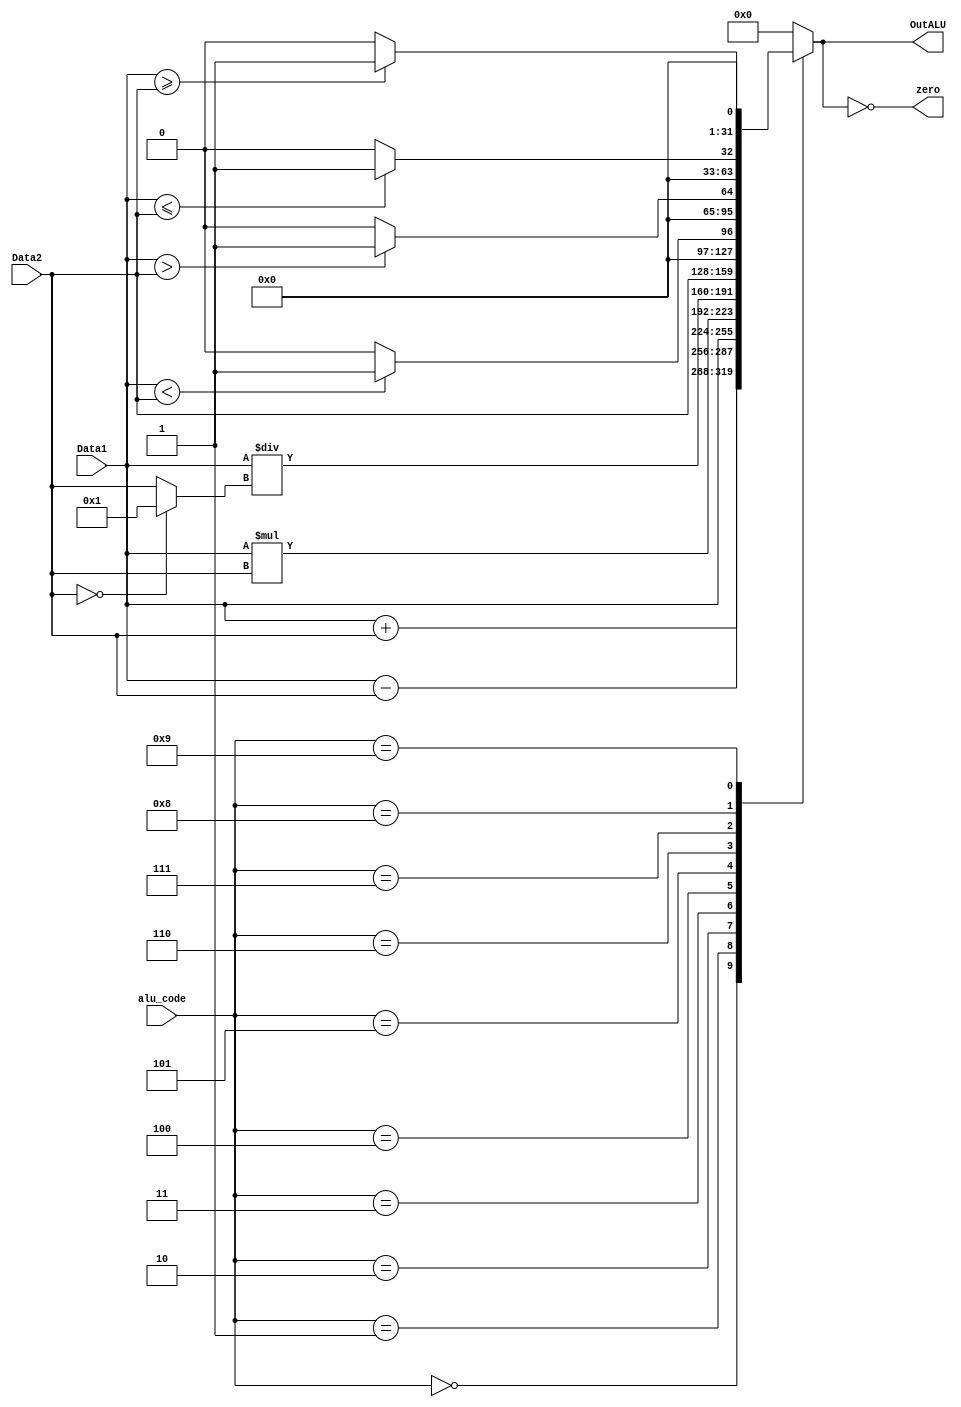
module ALU(alu_code, Data1, Data2, OutALU, zero);
	input [4:0] alu_code;
	input [31:0] Data1, Data2;
	output reg [31:0] OutALU;
	output zero;
	
	wire [31:0] notZero;
	assign notZero = ( Data2 == 0 ) ? 1 : Data2;
	
	always @ (*) begin
		case(alu_code)
			5'b00000 : OutALU = Data1 + Data2; //add // addi //load //store
			5'b00001 : OutALU = Data1 - Data2; //sub //beq //bneq //subi
			5'b00010 : OutALU = Data1; //mov
			5'b00011 : OutALU = Data1 * Data2; //mult
			5'b00100 : OutALU = Data1 / notZero; //div 
			5'b00101 : OutALU = Data2; // loadi // in
			5'b00110 : OutALU = Data1 < Data2 ? 1'b1 : 1'b0; //slt
			5'b00111 : OutALU = Data1 > Data2 ? 1'b1 : 1'b0; //sgt
			5'b01000 : OutALU = Data1 <= Data2 ? 1'b1 : 1'b0; //slet
			5'b01001 : OutALU = Data1 >= Data2 ? 1'b1 : 1'b0; //sget
			default: 
			begin
				OutALU = 0;
			end
		endcase
	end
	
	assign zero = ( OutALU == 0 );
		
endmodule